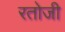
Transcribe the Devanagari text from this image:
रतोजी